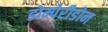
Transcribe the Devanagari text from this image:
डोम्पेरीडोन